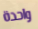
واحدة